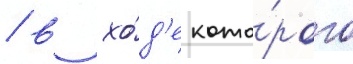
/ в хо́д'е кото́рого